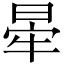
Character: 𣇟